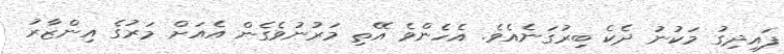
ފައިދިގު މަކުނު ދެކެ ބިރުގަނެއެވެ. އެހެންވެ އޭތި މަރުނުވެގެން އެއަށް މަރުގެ އިންޒާރު